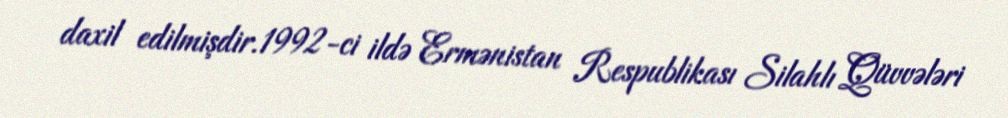
daxil edilmişdir.1992-ci ildə Ermənistan Respublikası Silahlı Qüvvələri